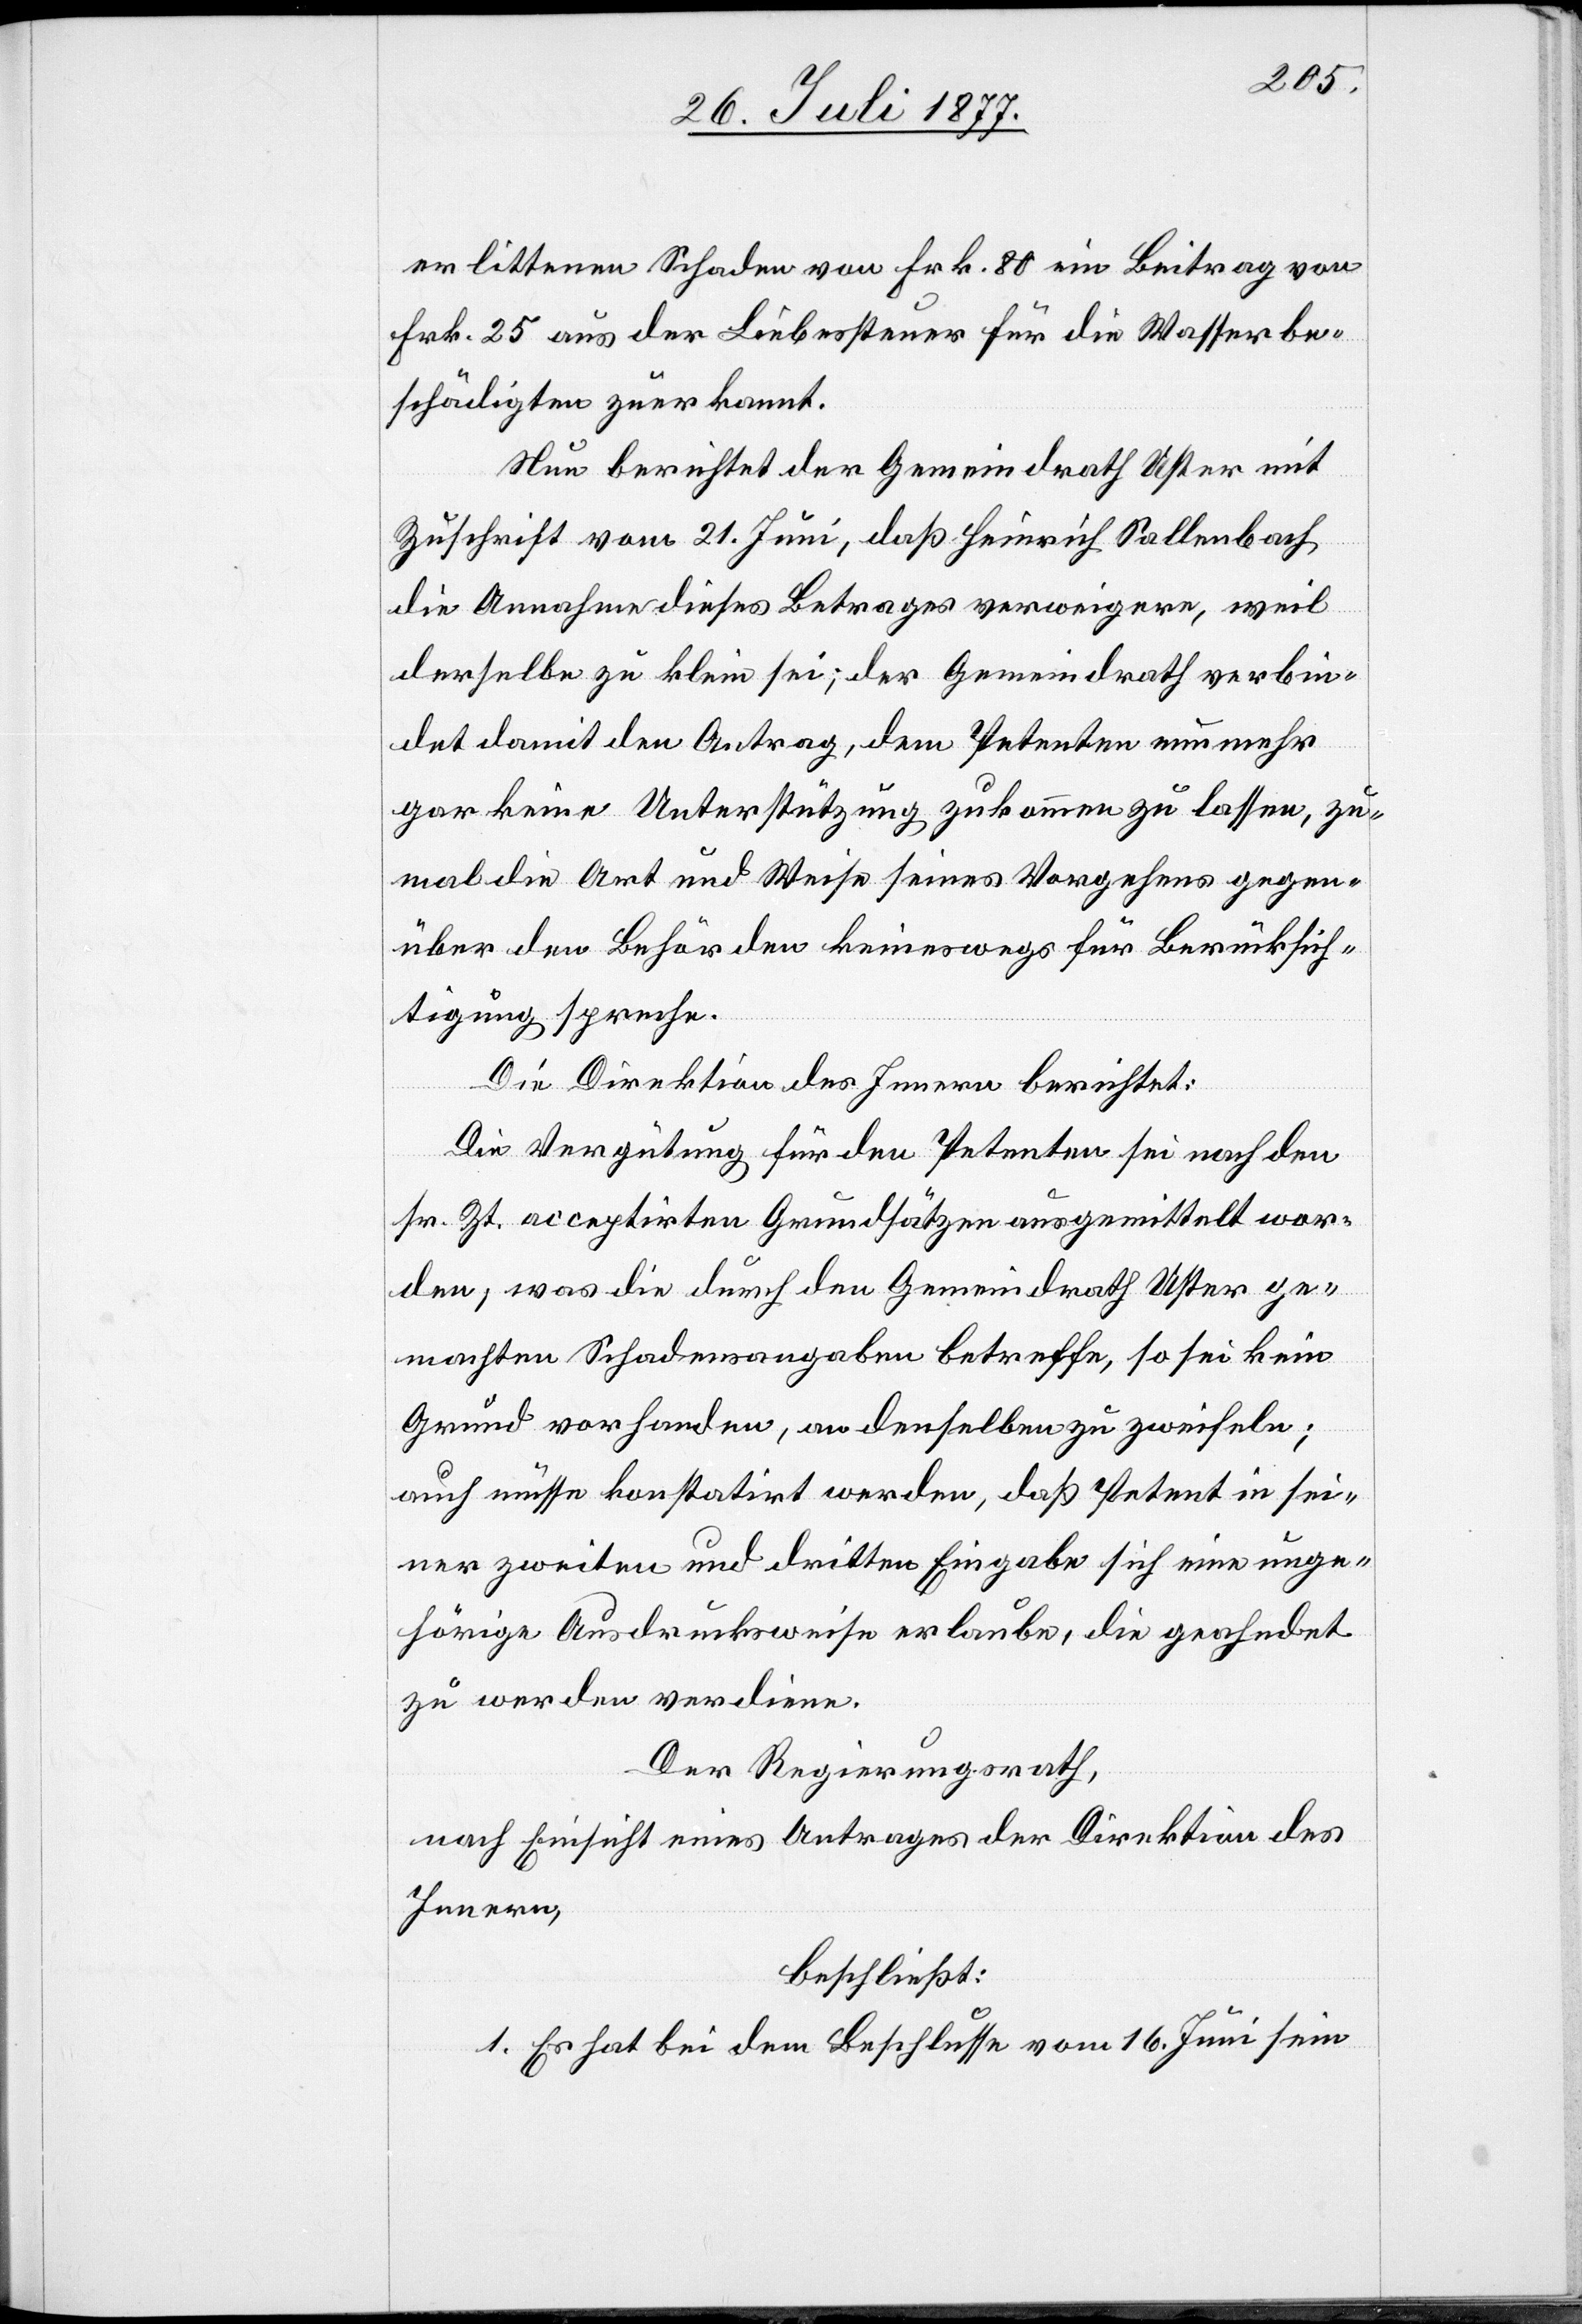
erlittenen Schaden von Frk. 80 ein Beitrag von
Frk. 25 aus der Liebessteuer für die Wasserbe¬
schädigten zuerkannt.
Nun berichtet der Gemeindrath Uster mit
Zuschrift vom 21. Juni, daß Heinrich Sallenbach
die Annahme dieses Betrages verweigere, weil
derselbe zu klein sei; der Gemeindrath verbin¬
det damit den Antrag, dem Petenten nunmehr
gar keine Unterstützung zukommen zu lassen, zu¬
mal die Art und Weise seines Vorgehens gegen¬
über den Behörden keineswegs für Berücksich¬
tigung spreche.
Die Direktion des Innern berichtet:
Die Vergütung für den Petenten sei nach den
sr. Zt. acceptirten Grundsätzen ausgemittelt wor¬
den; was die durch den Gemeindrath Uster ge¬
machten Schadensangaben betreffe, so sei kein
Grund vorhanden, an denselben zu zweifeln;
auch müsse konstatirt werden, daß Petent in sei¬
ner zweiten und dritten Eingabe sich eine unge¬
hörige Ausdrucksweise erlaube, die geahndet
zu werden verdiene.
Der Regierungsrath,
nach Einsicht eines Antrages der Direktion des
Innern,
beschließt:
1. Es hat bei dem Beschlusse vom 16. Juni sein